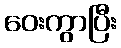
ဝေးကွာပြီး